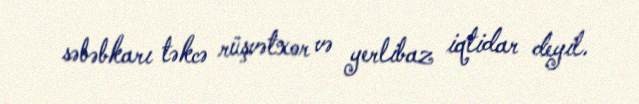
səbəbkarı təkcə rüşvətxor və yerlibaz iqtidar deyil.